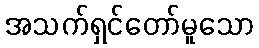
အသက်ရှင်တော်မူသော